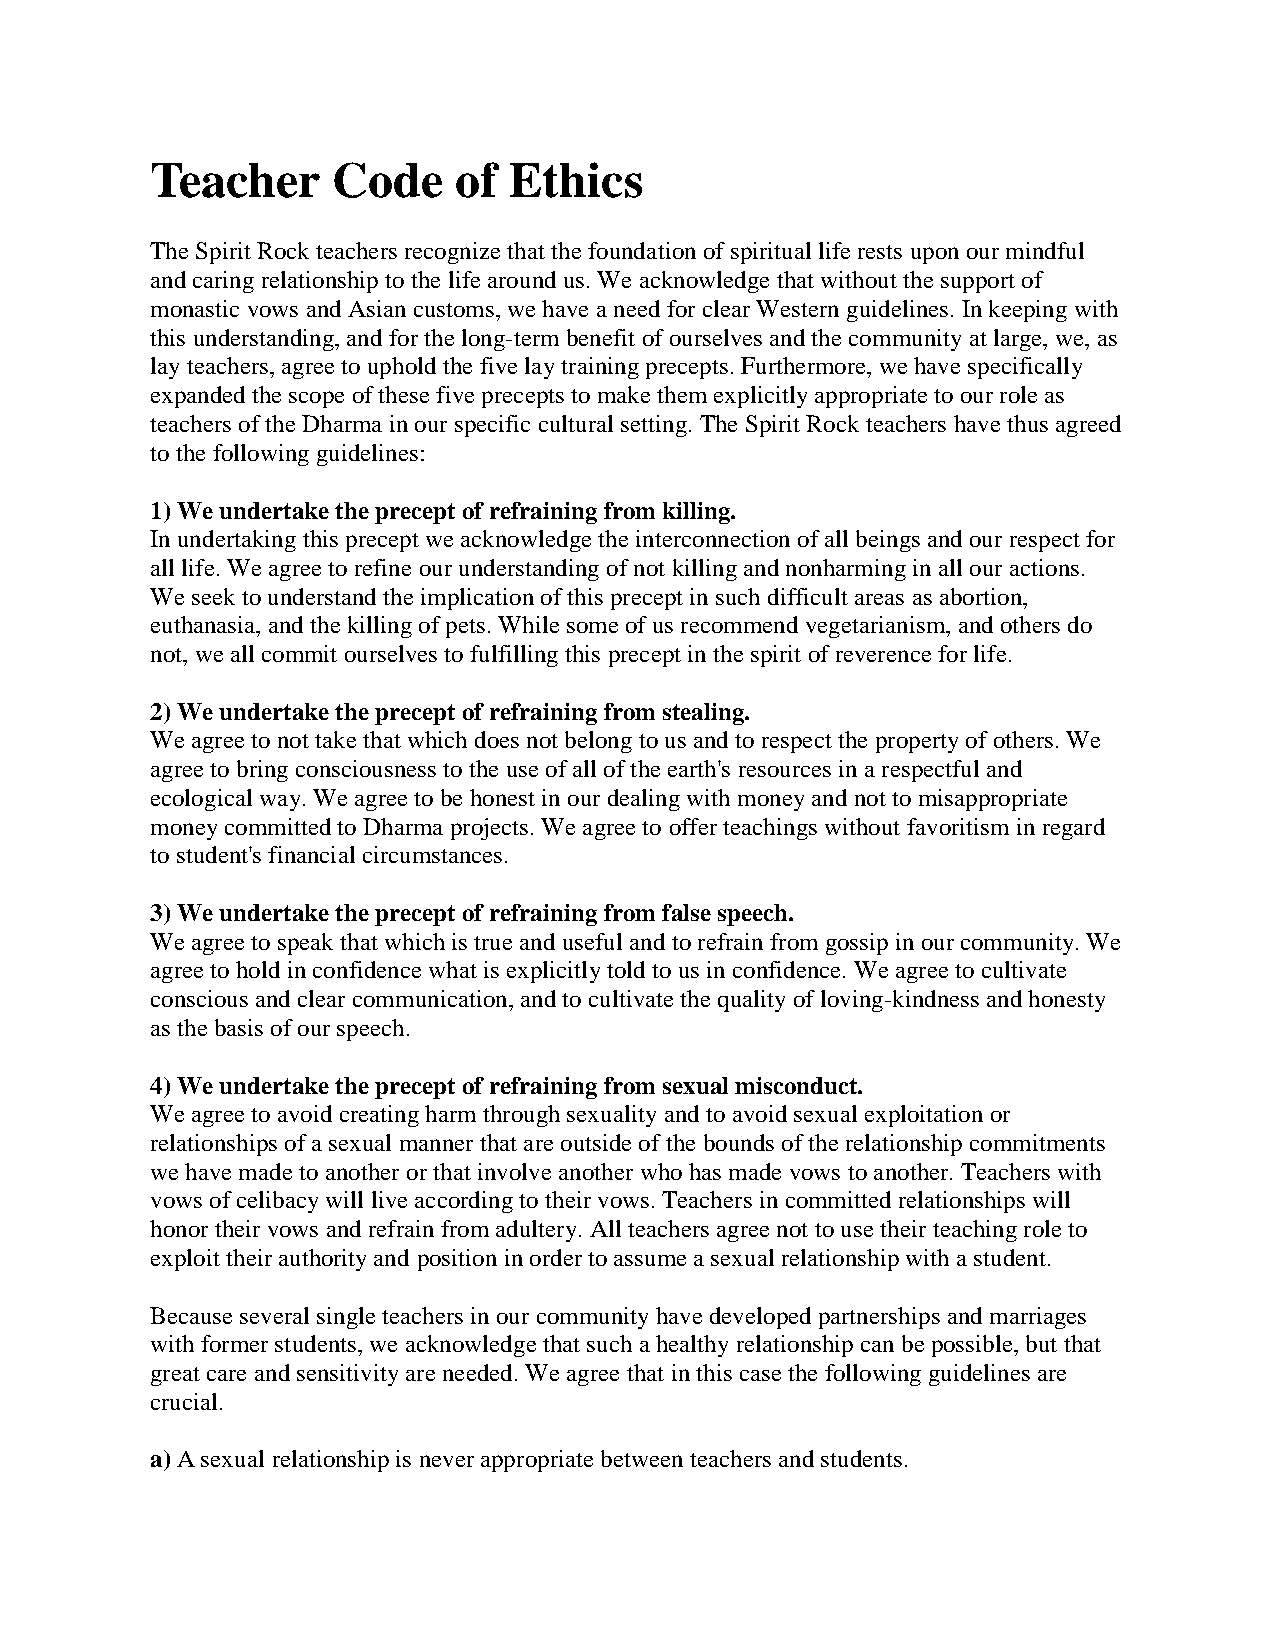
Teacher     Code    of  Ethics
 The Spirit Rock teachers recognize that the foundation of spiritual life rests upon our mindful
 and caring relationship to the life around us. We acknowledge that without the support of
 monastic vows and Asian customs, we have a need for clear Western guidelines. In keeping with
 this understanding, and for the long-term benefit of ourselves and the community at large, we, as
 lay teachers, agree to uphold the five lay training precepts. Furthermore, we have specifically
 expanded the scope of these five precepts to make them explicitly appropriate to our role as
 teachers of the Dharma in our specific cultural setting. The Spirit Rock teachers have thus agreed
 to the following guidelines:
 1) We undertake the precept of refraining from killing.
 In undertaking this precept we acknowledge the interconnection of all beings and our respect for
 all life. We agree to refine our understanding of not killing and nonharming in all our actions.
 We seek to understand the implication of this precept in such difficult areas as abortion,
 euthanasia, and the killing of pets. While some of us recommend vegetarianism, and others do
 not, we all commit ourselves to fulfilling this precept in the spirit of reverence for life.
 2) We undertake the precept of refraining from stealing.
 We agree to not take that which does not belong to us and to respect the property of others. We
 agree to bring consciousness to the use of all of the earth's resources in a respectful and
 ecological way. We agree to be honest in our dealing with money and not to misappropriate
 money committed to Dharma projects. We agree to offer teachings without favoritism in regard
 to student's financial circumstances.
 3) We undertake the precept of refraining from false speech.
 We agree to speak that which is true and useful and to refrain from gossip in our community. We
 agree to hold in confidence what is explicitly told to us in confidence. We agree to cultivate
 conscious and clear communication, and to cultivate the quality of loving-kindness and honesty
 as the basis of our speech.
 4) We undertake the precept of refraining from sexual misconduct.
 We agree to avoid creating harm through sexuality and to avoid sexual exploitation or
 relationships of a sexual manner that are outside of the bounds of the relationship commitments
 we have made to another or that involve another who has made vows to another. Teachers with
 vows of celibacy will live according to their vows. Teachers in committed relationships will
 honor their vows and refrain from adultery. All teachers agree not to use their teaching role to
 exploit their authority and position in order to assume a sexual relationship with a student.
 Because several single teachers in our community have developed partnerships and marriages
 with former students, we acknowledge that such a healthy relationship can be possible, but that
 great care and sensitivity are needed. We agree that in this case the following guidelines are
 crucial.
 a) A sexual relationship is never appropriate between teachers and students.